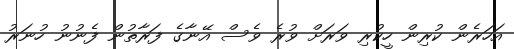
އަހަރެން ކުރިން ހީކުރި ވަރަށް ވުރެ ވެސް އޭނާގެ ފަރާތުން ފެނުނު ހުނަރު